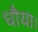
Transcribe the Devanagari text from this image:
धौया।